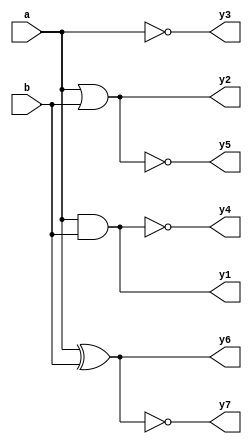
// Code your design here
module LogicGates( a,b,
                  y1,y2,y3,y4,y5,y6,y7
                 );
  
  input a;
  input b;
  output y1,y2,y3,y4,y5,y6,y7;
  
  assign y1 = a & b;
  
  assign y2 = a | b;
  
  assign y3 = ~a;
  
  assign y4 = ~(a & b);
  
  assign y5 = ~(a | b);
  
  assign y6 = a ^ b;
  
  assign y7 = ~(a ^ b);
  
endmodule